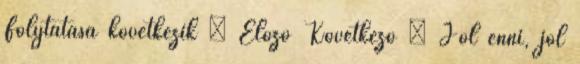
Folytatása következik « Előző Következő » Jól enni, jól